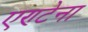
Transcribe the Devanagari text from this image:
एण्टेना